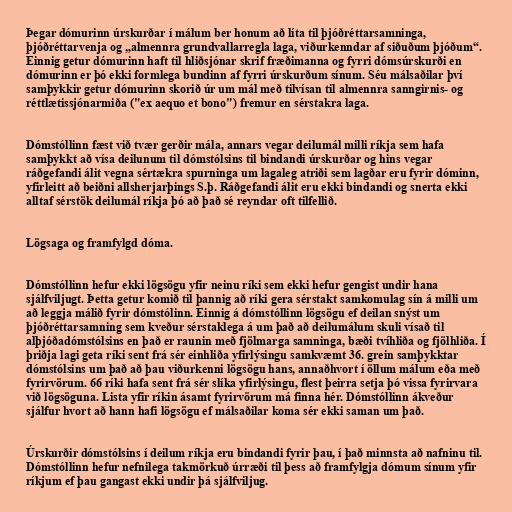
Þegar dómurinn úrskurðar í málum ber honum að líta til þjóðréttarsamninga,
þjóðréttarvenja og „almennra grundvallarregla laga, viðurkenndar af siðuðum þjóðum“.
Einnig getur dómurinn haft til hliðsjónar skrif fræðimanna og fyrri dómsúrskurði en
dómurinn er þó ekki formlega bundinn af fyrri úrskurðum sínum. Séu málsaðilar því
samþykkir getur dómurinn skorið úr um mál með tilvísan til almennra sanngirnis- og
réttlætissjónarmiða ("ex aequo et bono") fremur en sérstakra laga.

Dómstóllinn fæst við tvær gerðir mála, annars vegar deilumál milli ríkja sem hafa
samþykkt að vísa deilunum til dómstólsins til bindandi úrskurðar og hins vegar
ráðgefandi álit vegna sértækra spurninga um lagaleg atriði sem lagðar eru fyrir dóminn,
yfirleitt að beiðni allsherjarþings S.þ. Ráðgefandi álit eru ekki bindandi og snerta ekki
alltaf sérstök deilumál ríkja þó að það sé reyndar oft tilfellið.

Lögsaga og framfylgd dóma.

Dómstóllinn hefur ekki lögsögu yfir neinu ríki sem ekki hefur gengist undir hana
sjálfviljugt. Þetta getur komið til þannig að ríki gera sérstakt samkomulag sín á milli um
að leggja málið fyrir dómstólinn. Einnig á dómstóllinn lögsögu ef deilan snýst um
þjóðréttarsamning sem kveður sérstaklega á um það að deilumálum skuli vísað til
alþjóðadómstólsins en það er raunin með fjölmarga samninga, bæði tvíhliða og fjölhliða. Í
þriðja lagi geta ríki sent frá sér einhliða yfirlýsingu samkvæmt 36. grein samþykktar
dómstólsins um það að þau viðurkenni lögsögu hans, annaðhvort í öllum málum eða með
fyrirvörum. 66 ríki hafa sent frá sér slíka yfirlýsingu, flest þeirra setja þó vissa fyrirvara
við lögsöguna. Lista yfir ríkin ásamt fyrirvörum má finna hér. Dómstóllinn ákveður
sjálfur hvort að hann hafi lögsögu ef málsaðilar koma sér ekki saman um það.

Úrskurðir dómstólsins í deilum ríkja eru bindandi fyrir þau, í það minnsta að nafninu til.
Dómstóllinn hefur nefnilega takmörkuð úrræði til þess að framfylgja dómum sínum yfir
ríkjum ef þau gangast ekki undir þá sjálfviljug.